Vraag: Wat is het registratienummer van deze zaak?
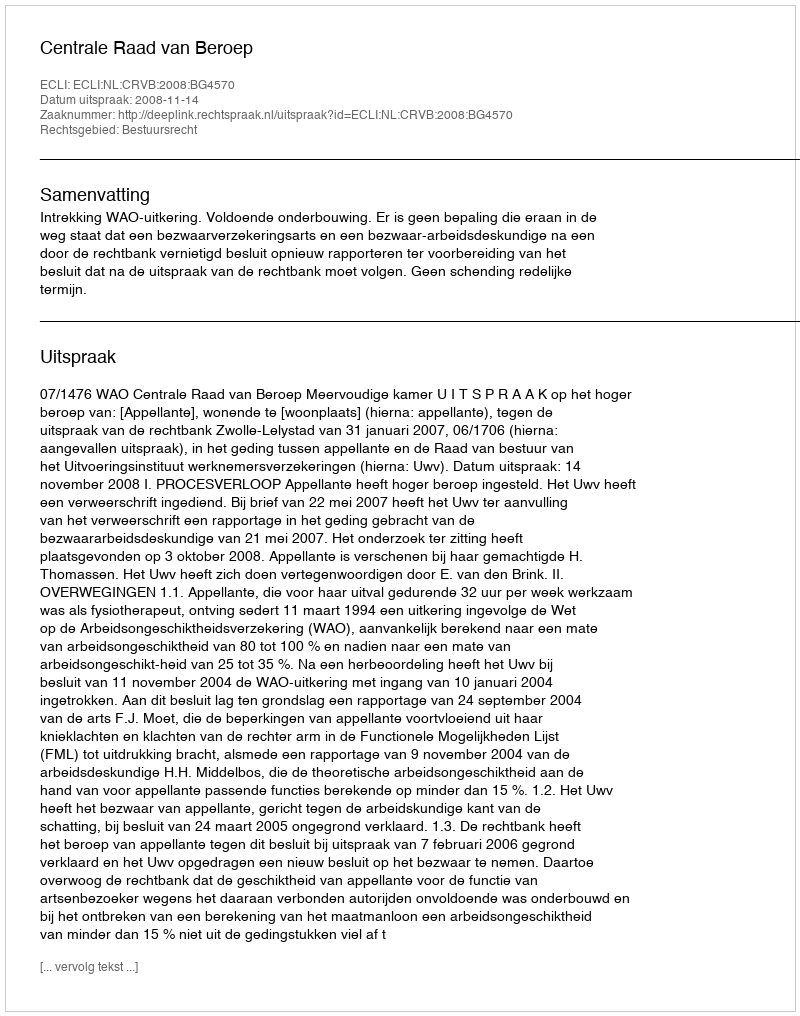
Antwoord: http://deeplink.rechtspraak.nl/uitspraak?id=ECLI:NL:CRVB:2008:BG4570